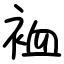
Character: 裇